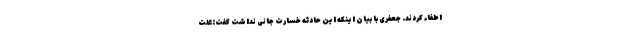
اطفاء کردند. جعفری با بیان اینکه این حادثه خسارت جانی نداشت گفت:علت